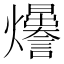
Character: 𤓊